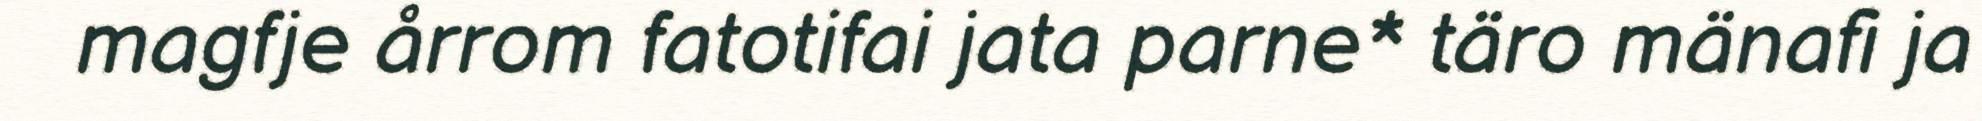
magfje årrom fatotifai jata parne* täro mänafi ja